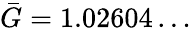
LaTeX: \bar{G}=1.02604\dots